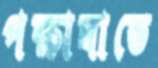
পক্ষাঘাতে